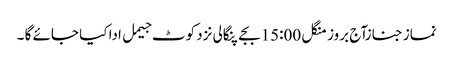
نماز جنازآج بروز منگل 15:00بجے پنگالی نزد کوٹ جیمل ادا کیا جائے گا ۔